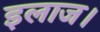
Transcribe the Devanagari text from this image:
इलाज।